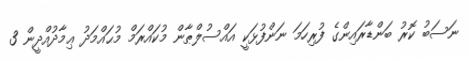
ނަސަބު ކޮރު ބަންޑާރައިންގެ ފުރިހަމަ ނަންފުޅަކީ އައްސުލްޠާން މުކައްރަމް މުޙައްމަދު ޢިމާދުއްދީން 3